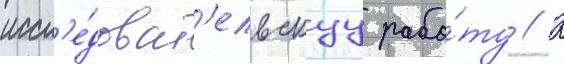
иссл'е́доват'ельскуу рабо́ту // К